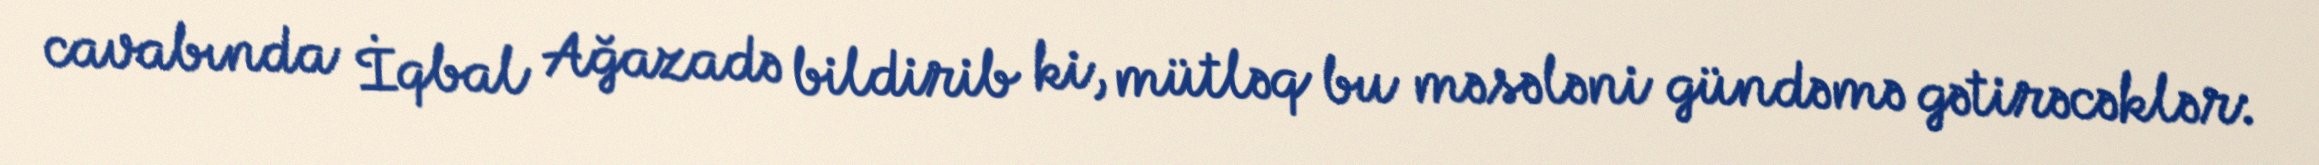
cavabında İqbal Ağazadə bildirib ki, mütləq bu məsələni gündəmə gətirəcəklər: